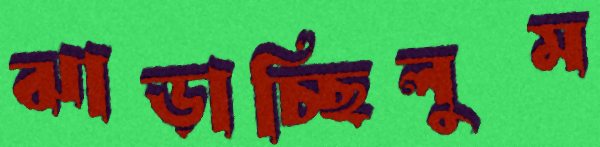
ঝাড়াচ্ছিলুম